Civil Veterinary Department. United Provinces 1912-22 - 1912-1922
Year: 1912
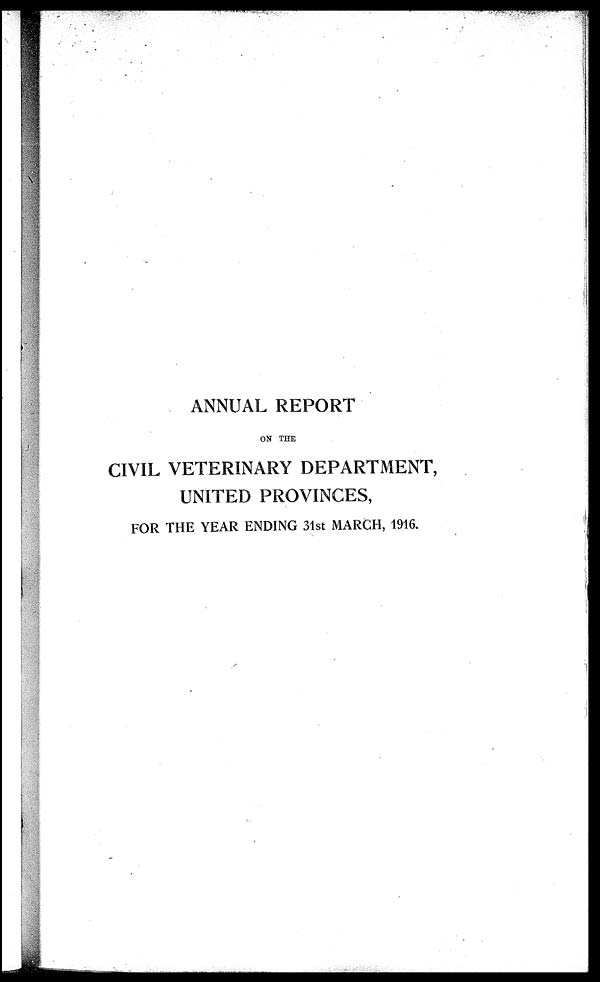
ANNUAL REPORT
ON THE
CIVIL VETERINARY DEPARTMENT,
UNITED PROVINCES,
FOR THE YEAR ENDING 31st MARCH, 1916.